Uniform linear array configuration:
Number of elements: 12
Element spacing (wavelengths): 0.5
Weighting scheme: kaiser
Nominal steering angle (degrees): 30
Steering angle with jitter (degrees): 29.147
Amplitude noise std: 0.05
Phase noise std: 0.05

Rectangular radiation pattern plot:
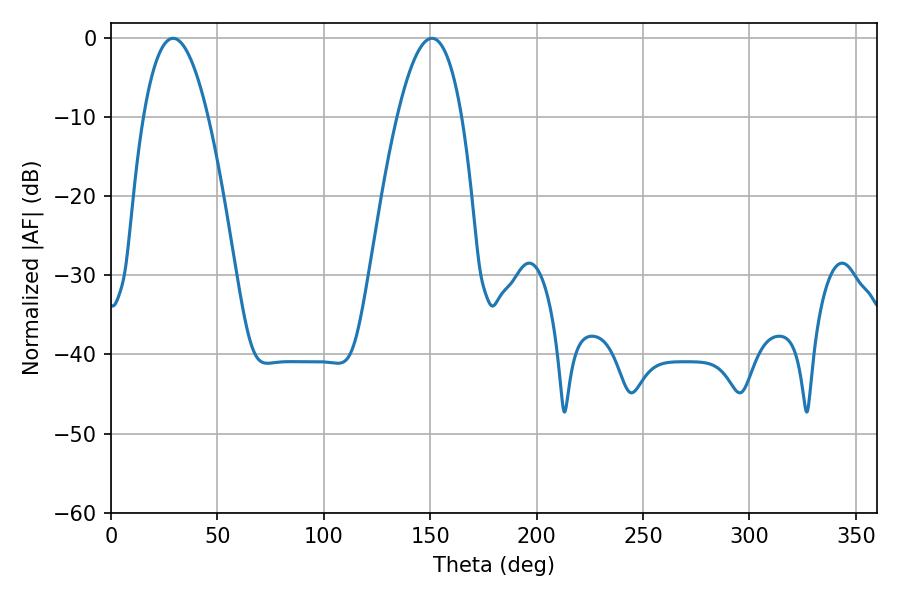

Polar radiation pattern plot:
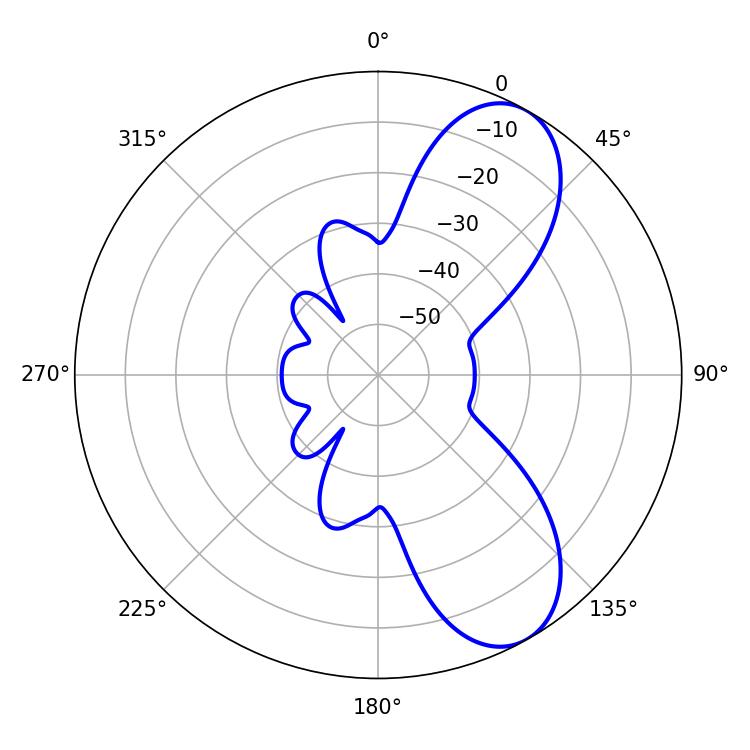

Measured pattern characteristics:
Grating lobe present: FALSE
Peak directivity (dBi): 8.1
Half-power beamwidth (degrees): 16.74
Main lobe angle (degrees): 29.16